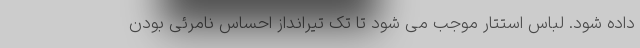
داده شود. لباس استتار موجب می شود تا تک تیرانداز احساس نامرئی بودن